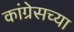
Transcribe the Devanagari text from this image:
कांग्रेसच्या